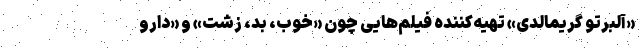
«آلبرتو گریمالدی» تهیه‌کننده فیلم‌هایی چون «خوب، بد، زشت» و «دارو